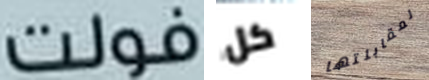
فولت كل لمقابلتها